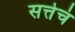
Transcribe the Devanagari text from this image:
सत्तेचं